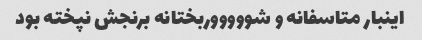
اینبار متاسفانه و شوووووربختانه برنجش نپخته بود